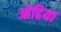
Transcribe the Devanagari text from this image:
ओढिया